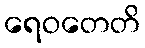
ရေဝတေတိ